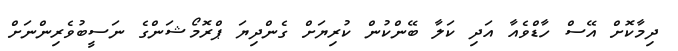
ދިމާކޮށް އޭސް ހާޑްވެއާ އަދި ކަލާ ބޭންކުން ކުރިޔަށް ގެންދިޔަ ޕްރޮމޯޝަންގެ ނަސީބުވެރިންނަށް